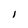
Character: 1